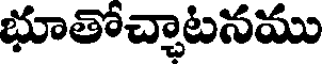
భూతొచ్చాటనము